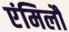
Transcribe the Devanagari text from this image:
एंमिलौ